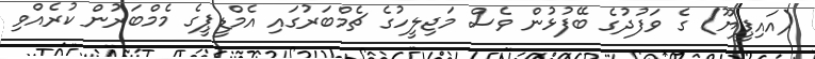
(އައިޕީޔޫ) ގެ ވަފުދުގެ ބޭފުޅުން ވެސް މަޖިލީހުގެ ޗެމްބަރުގައި އެމްޑީޕީގެ މެމްބަރުން ކުރެއްވި